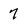
Character: 7